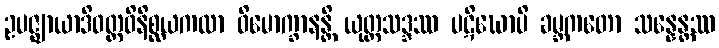
ဥပဇ္ဈာယာဒိဝတ္တဝိနိစ္ဆယကထာ ဝိမောက္ခာနန္တိ ယုတ္တသဒ္ဒဿ ပဋိဃောပိ ခမ္ဘကတော သန္နေန္တဿ